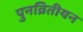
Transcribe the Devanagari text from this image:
पुनव्रितीयन